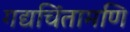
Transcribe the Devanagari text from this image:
गद्यचिंतामणि